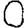
Digit: 0